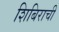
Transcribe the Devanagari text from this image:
शिबिराची